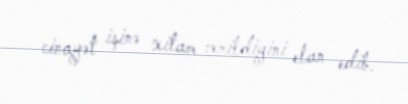
cinayət işinə xitam verildiyini elan edib.